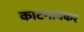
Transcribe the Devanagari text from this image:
काटगावकर